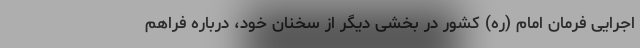
اجرایی فرمان امام (ره) کشور در بخشی دیگر از سخنان خود، درباره فراهم